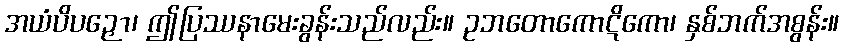
အယံပိပဉှော၊ ဤပြဿနာမေးခွန်းသည်လည်း။ ဥဘတောကောဋိကော၊ နှစ်ဘက်အစွန်း။